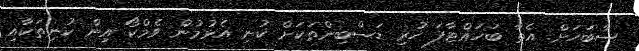
ސާބަހަށް. އެތާ ބަހައްޓާފަ ހުރި ޑަސްބިންތަކަށް ކުނި އެޅުމުން ވެމްކޯ އިން ކުނިތަކާއި